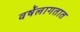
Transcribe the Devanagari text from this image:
वर्षेलागतात